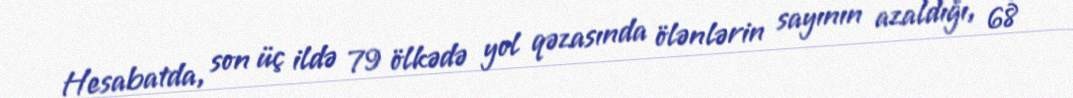
Hesabatda, son üç ildə 79 ölkədə yol qəzasında ölənlərin sayının azaldığı, 68